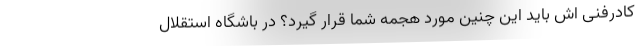
کادرفنی اش باید این چنین مورد هجمه شما قرار گیرد؟ در باشگاه استقلال